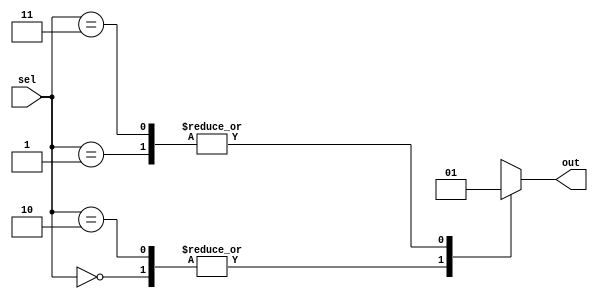
module simple_case_statement (
    input [1:0] sel,
    output reg out
);

always @ (*)
begin
  case (sel)
    2'b00: out <= 1'b0;
    2'b01: out <= 1'b1;
    2'b10: out <= 1'b0;
    2'b11: out <= 1'b1;
    default: out <= 1'bx; //default case
  endcase
end

endmodule